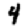
Digit: 4